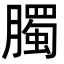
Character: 臅